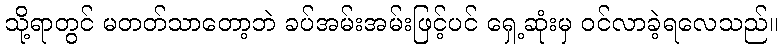
သို့ရာတွင် မတတ်သာတော့ဘဲ ခပ်အမ်းအမ်းဖြင့်ပင် ရှေ့ဆုံးမှ ဝင်လာခဲ့ရလေသည်။